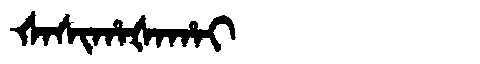
Manchu: ᡧᠠᠰᡳᡥᠠᡧᠠᡥᠠᡳ
Romanization: ŠASIHAŠAHAI